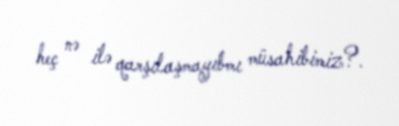
heç nə ilə qarşılaşmayıbmı müsahibimiz?.